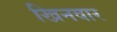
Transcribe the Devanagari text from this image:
खिनवार